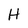
Character: H